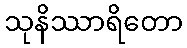
သုနိဿာရိတော